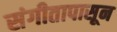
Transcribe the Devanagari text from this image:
संगीतापासून